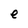
Character: e